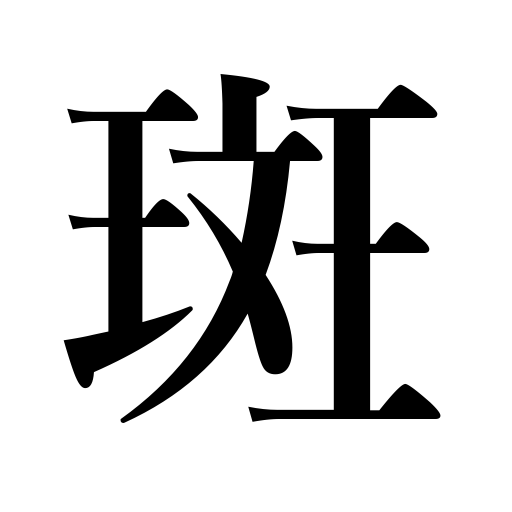
Meanings: spot